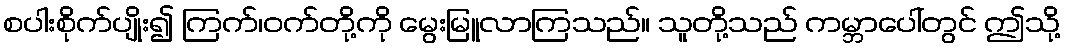
စပါးစိုက်ပျိုး၍ ကြက်၊ဝက်တို့ကို မွေးမြူလာကြသည်။ သူတို့သည် ကမ္ဘာပေါ်တွင် ဤသို့